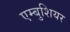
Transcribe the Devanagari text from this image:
एम्बुशियर